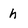
Character: h